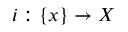
i : \{ x \} \to X